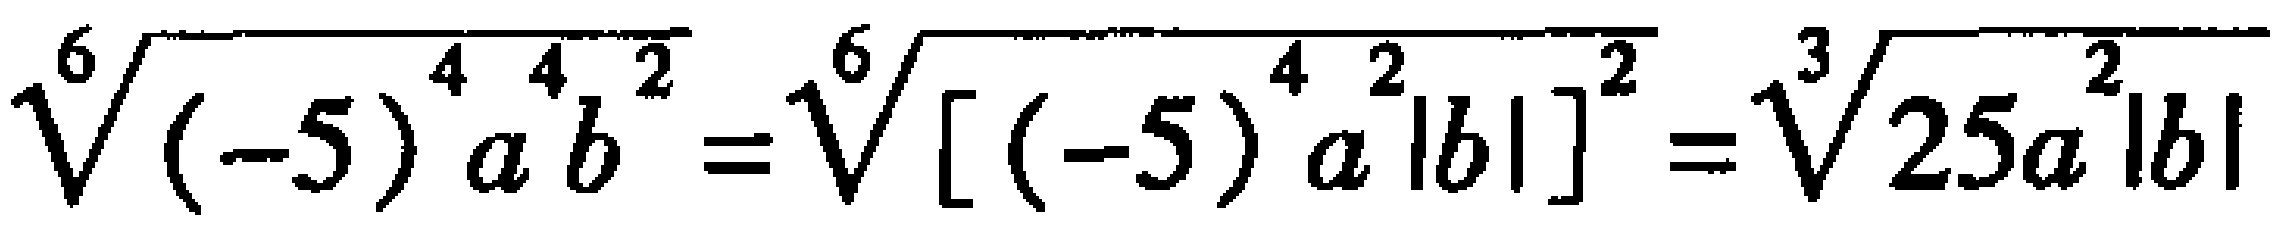
\(\sqrt[6]{(-5)^{4}a^{4}b^{2}}=\sqrt[6]{[(-5)^{4}a^{2}|b|]^{2}}=\sqrt[3]{25a^{2}|b|}\)